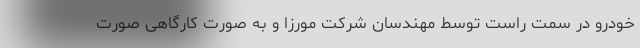
خودرو در سمت راست توسط مهندسان شركت مورزا و به صورت کارگاهی صورت